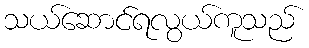
သယ်ဆောင်ရလွယ်ကူသည်